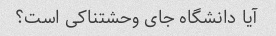
آیا دانشگاه جای وحشتناکی است؟